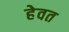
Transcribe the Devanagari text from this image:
हेवत